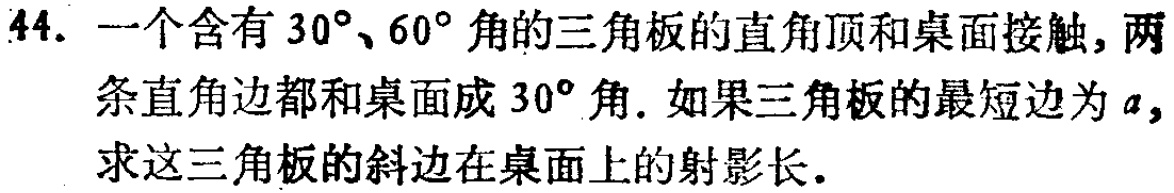
44. 一个含有\(30^{\circ}\)、\(60^{\circ}\)角的三角板的直角顶和桌面接触，两条直角边都和桌面成\(30^{\circ}\)角. 如果三角板的最短边为\(a\)，求这三角板的斜边在桌面上的射影长.